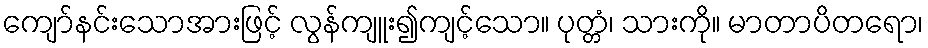
ကျော်နင်းသောအားဖြင့် လွန်ကျူး၍ကျင့်သော။ ပုတ္တံ၊ သားကို။ မာတာပိတရော၊